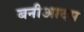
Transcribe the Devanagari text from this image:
बनीआदम